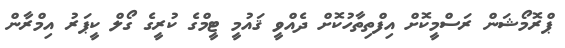
ޕްރޮމޯޝަން ރަސްމީކޮށް އިފްތިތާހުކޮށް ދެއްވީ ޤައުމީ ޓީމްގެ ކުރީގެ ގޯލް ކީޕަރު އިމްރާން